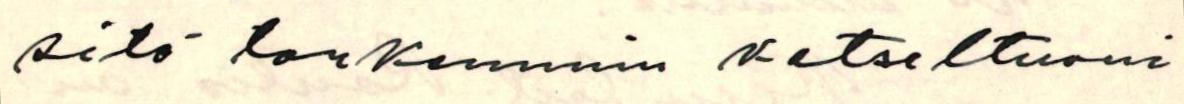
sitä tarkemmin katseltuani